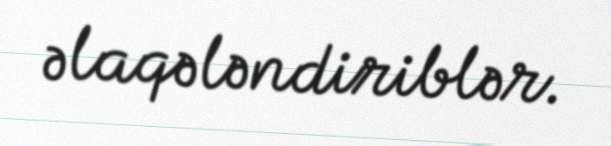
əlaqələndiriblər.